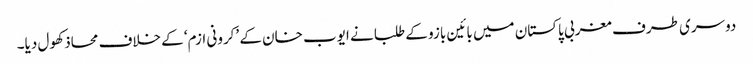
دوسری طرف مغربی پاکستان میں بائین بازو کے طلبا نے ایوب خان کے ’کرونی ازم‘ کے خلاف محاذ کھول دیا۔